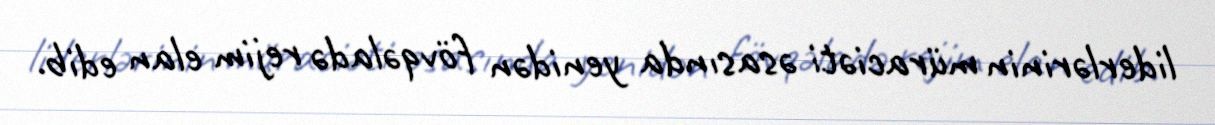
liderlərinin müraciəti əsasında yenidən fövqəladə rejim elan edib.